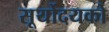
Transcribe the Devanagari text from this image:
सूर्योदयको